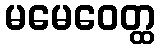
မမေဝေတ္ထ